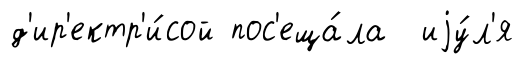
д'ир'ектр'и́сой пос'еща́ла иjу́л'я